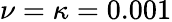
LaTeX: \nu=\kappa=0.001